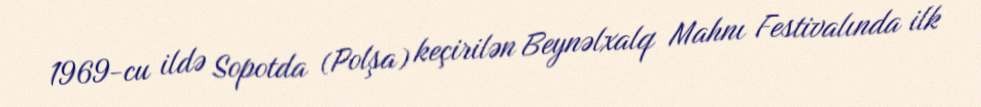
1969-cu ildə Sopotda (Polşa) keçirilən Beynəlxalq Mahnı Festivalında ilk